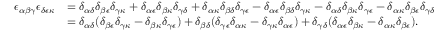
\begin{array} { r l } { \epsilon _ { \alpha \beta \gamma } \epsilon _ { \delta \epsilon \kappa } } & { = \delta _ { \alpha \delta } \delta _ { \beta \epsilon } \delta _ { \gamma \kappa } + \delta _ { \alpha \epsilon } \delta _ { \beta \kappa } \delta _ { \gamma \delta } + \delta _ { \alpha \kappa } \delta _ { \beta \delta } \delta _ { \gamma \epsilon } - \delta _ { \alpha \epsilon } \delta _ { \beta \delta } \delta _ { \gamma \kappa } - \delta _ { \alpha \delta } \delta _ { \beta \kappa } \delta _ { \gamma \epsilon } - \delta _ { \alpha \kappa } \delta _ { \beta \epsilon } \delta _ { \gamma \delta } } \\ & { = \delta _ { \alpha \delta } ( \delta _ { \beta \epsilon } \delta _ { \gamma \kappa } - \delta _ { \beta \kappa } \delta _ { \gamma \epsilon } ) + \delta _ { \beta \delta } ( \delta _ { \gamma \epsilon } \delta _ { \alpha \kappa } - \delta _ { \gamma \kappa } \delta _ { \alpha \epsilon } ) + \delta _ { \gamma \delta } ( \delta _ { \alpha \epsilon } \delta _ { \beta \kappa } - \delta _ { \alpha \kappa } \delta _ { \beta \epsilon } ) . } \end{array}